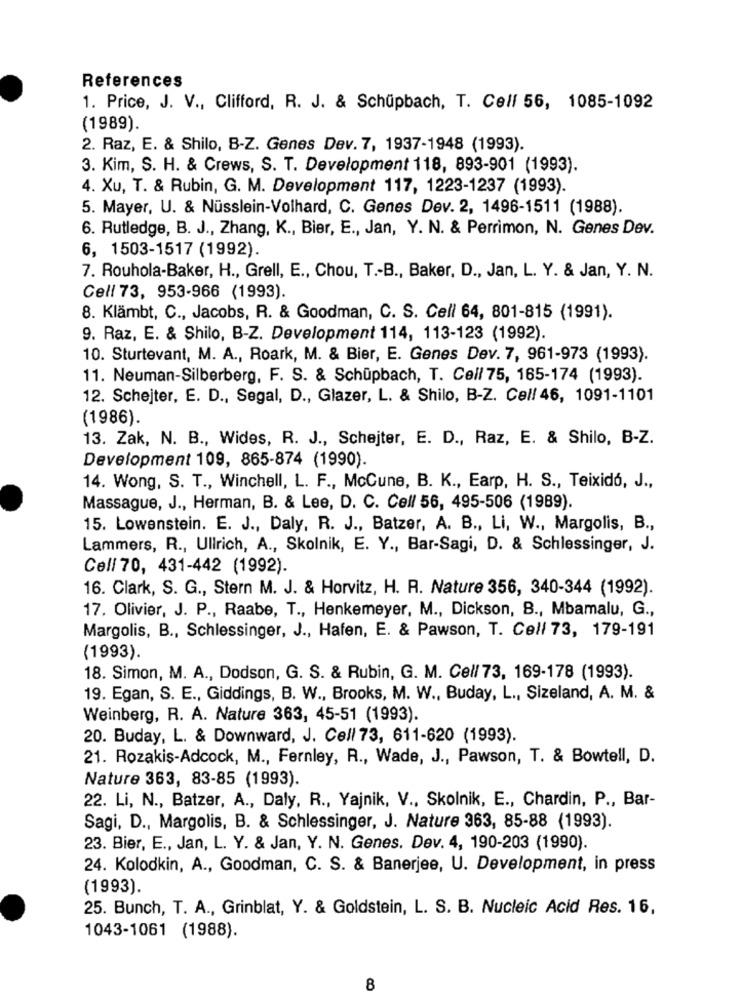
References
1. Price, J. V ., Clifford, R. J. & Schupbach, T. Cell 56, 1085-1092
(1989).
2. Raz, E. & Shilo, B-Z. Genes Dev. 7, 1937-1948 (1993).
3. Kim, S. H. & Crews, S. T. Development 118, 893-901 (1993).
4. Xu, T. & Rubin, G. M. Development 117, 1223-1237 (1993).
5. Mayer, U. & Nüsslein-Volhard, C. Genes Dev. 2, 1496-1511 (1988).
6. Rutledge, B. J ., Zhang, K ., Bier, E ., Jan, Y. N. & Perrimon, N. Genes Dev.
6, 1503-1517 (1992).
7. Rouhola-Baker, H ., Grell, E ., Chou, T .- B ., Baker, D ., Jan, L. Y. & Jan, Y. N.
Cell 73, 953-966 (1993).
8. Klämbt, C ., Jacobs, R. & Goodman, C. S. Cell 64, 801-815 (1991).
9. Raz, E. & Shilo, B-Z. Development 114, 113-123 (1992).
10. Sturtevant, M. A ., Roark, M. & Bier, E. Genes Dev. 7, 961-973 (1993).
11. Neuman-Silberberg, F. S. & Schüpbach, T. Cell 75, 165-174 (1993).
12. Schejter, E. D ., Segal, D ., Glazer, L. & Shilo, B-Z. Cel/ 46, 1091-1101
(1986).
13. Zak, N. B ., Wides, R. J ., Schejter, E. D ., Raz, E. & Shilo, B-Z.
Development 109, 865-874 (1990).
14. Wong, S. T ., Winchell, L. F ., McCune, B. K ., Earp, H. S ., Teixidó, J .,
Massague, J ., Herman, B. & Lee, D. C. Cell 56, 495-506 (1989).
15. Lowenstein. E. J ., Daly, R. J ., Batzer, A. B ., Li, W ., Margolis, B .,
Lammers, R ., Ullrich, A ., Skolnik, E. Y ., Bar-Sagi, D. & Schlessinger, J.
Cell 70, 431-442 (1992).
16. Clark, S. G ., Stern M. J. & Horvitz, H. R. Nature 356, 340-344 (1992).
17. Olivier, J. P ., Raabe, T ., Henkemeyer, M ., Dickson, B ., Mbamalu, G .,
Margolis, B ., Schlessinger, J ., Hafen, E. & Pawson, T. Cell 73, 179-191
(1993).
18. Simon, M. A ., Dodson, G. S. & Rubin, G. M. Cel/ 73, 169-178 (1993).
19. Egan, S. E ., Giddings, B. W ., Brooks, M. W ., Buday, L ., Sizeland, A. M. &
Weinberg, R. A. Nature 363, 45-51 (1993).
20. Buday, L. & Downward, J. Cell 73, 611-620 (1993).
21. Rozakiş-Adcock, M ., Fernley, R ., Wade, J ., Pawson, T. & Bowtell, D.
Nature 363, 83-85 (1993).
22. Li, N ., Batzer, A ., Daly, R ., Yajnik, V ., Skolnik, E ., Chardin, P ., Bar-
Sagi, D ., Margolis, B. & Schlessinger, J. Nature 363, 85-88 (1993).
23. Bier, E ., Jan, L. Y. & Jan, Y. N. Genes. Dev. 4, 190-203 (1990).
24. Kolodkin, A ., Goodman, C. S. & Banerjee, U. Development, in press
(1993).
25. Bunch, T. A ., Grinblat, Y. & Goldstein, L. S. B. Nucleic Acid Res. 16,
1043-1061 (1988).
8